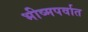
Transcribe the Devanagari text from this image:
भीष्मपर्वात